Reports on military cantonments and civil stations in the Presidency of Bombay inspected by the Sanitary Commissioner in the years 1875 and 1876
Year: 1875
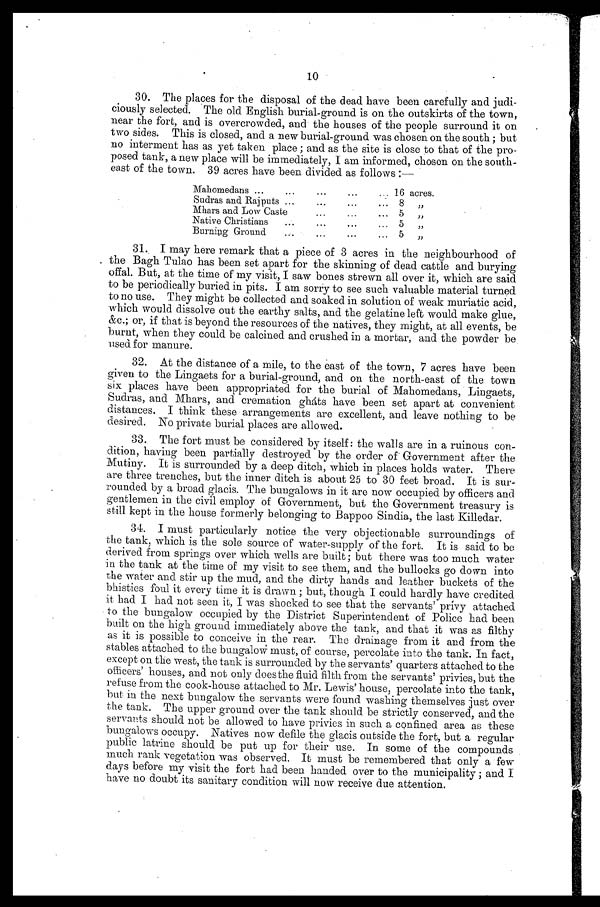
10
30. The places for the disposal of the dead have been carefully and judi
-ciously selected. The old English burial-ground is on the outskirts of the town,
near the fort, and is overcrowded, and the houses of the people surround it on
two sides. This is closed, and a new burial-ground was chosen on the south; but
no interment has as yet taken place; and as the site is close to that of the pro
-posed tank, a new place will be immediately, I am informed, chosen on the south
-east of the town. 39 acres have been divided as follows:—
Mahomedans . . .
16 acres.
Sudras and Rajputs . . .
8 "
Mhars and Low Caste . . .
5 "
Native Christians . . .
5 "
Burning Ground . . .
5 "
31. I may here remark that a piece of 3 acres in the neighbourhood of
the Bagh Tulao has been set apart for the skinning of dead cattle and burying
offal. But, at the time of my visit, I saw bones strewn all over it, which are said
to be periodically buried in pits. I am sorry to see such valuable material turned
to no use. They might be collected and soaked in solution of weak muriatic acid,
which would dissolve out the earthy salts, and the gelatine left would make glue,
&c.; or, if that is beyond the resources of the natives, they might, at all events, be
burnt, when they could be calcined and crushed in a mortar, and the powder be
used for manure.
32. At the distance of a mile, to the east of the town, 7 acres have been
given to the Lingaets for a burial-ground, and on the north-east of the town
six places have been appropriated for the burial of Mahomedans, Lingaets,
Sudras, and Mhars, and cremation gháts have been set apart at convenient
distances. I think these arrangements are excellent, and leave nothing to be
desired. No private burial places are allowed.
33. The fort must be considered by itself: the walls are in a ruinous con
- d i t i o n , h a v i n g b e e n p a r t i a l l y d e s t r o y e d b y t h e o r d e r o f G o v e r n m e n t a f t e r t h e
Mutiny. It is surrounded by a deep ditch, which in places holds water. There
are three trenches, but the inner ditch is about 25 to 30 feet broad. It is sur
- r o u n d e d b y a b r o a d g l a c i s . T h e b u n g a l o w s i n i t a r e n o w o c c u p i e d b y o f f i c e r s a n d
gentlemen in the civil employ of Government, but the Government treasury is
still kept in the house formerly belonging to Bappoo Sindia, the last Killedar.
34. I must particularly notice the very objectionable surroundings of
the tank, which is the sole source of water-supply of the fort. It is said to be
derived from springs over which wells are built; but there was too much water
in the tank at the time of my visit to see them, and the bullocks go down into
the water and stir up the mud, and the dirty hands and leather buckets of the
bhisties foul it every time it is drawn; but, though I could hardly have credited
it had I had not seen it, I was shocked to see that the servants' privy attached
to the bungalow occupied by the District Superintendent of Police had been
built on the high ground immediately above the tank, and that it was as filthy
as it is possible to conceive in the rear. The drainage from it and from the
stables attached to the bungalow must, of course, percolate into the tank. In fact,
except on the west, the tank is surrounded by the servants' quarters attached to the
officers' houses, and not only does the fluid filth from the servants' privies, but the
refuse from the cook-house attached to Mr. Lewis' house, percolate into the tank,
but in the next bungalow the servants were found washing themselves just over
the tank. The upper ground over the tank should be strictly conserved, and the
servants should not be allowed to have privies in such a confined area as these
bungalows occupy. Natives now defile the glacis outside the fort, but a regular
public latrine should be put up for their use. In some of the compounds
much rank vegetation was observed. It must be remembered that only a few
days before my visit the fort had been handed over to the municipality; and I
have no doubt its sanitary condition will now receive due attention.